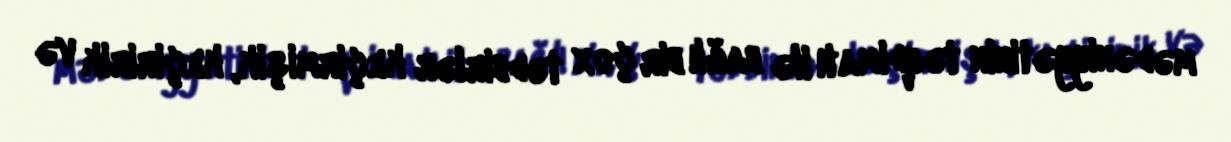
mədəniyyətinin təqdimatı ilə bağlı bir çox tədbirlər keçirmişik, keçiririk və